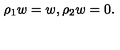
\rho _ { 1 } w = w , \rho _ { 2 } w = 0 .